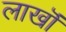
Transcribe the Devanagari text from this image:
लाखॊं